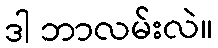
ဒါ ဘာလမ်းလဲ။